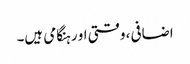
اضافی، وقتی او رہنگامی ہیں۔